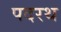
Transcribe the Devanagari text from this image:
पदरथ